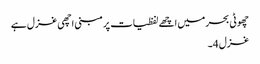
چھوٹی بحر میں اچھے لفظیات پر مبنی اچھی غزل ہے
غزل 4۔